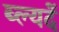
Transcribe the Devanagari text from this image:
ब्ल्यदें